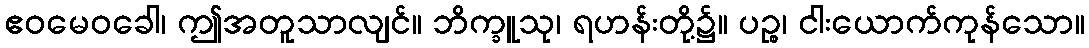
ဧဝမေဝခေါ၊ ဤအတူသာလျင်။ ဘိက္ခူသု၊ ရဟန်းတို့၌။ ပဉ္စ၊ ငါးယောက်ကုန်သော။